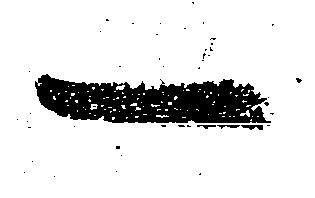
一